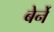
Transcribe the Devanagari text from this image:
बेर्ने